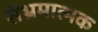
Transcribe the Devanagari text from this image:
संभ्रमात्मक